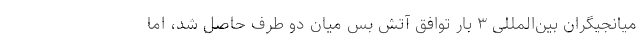
میانجیگران بین‌المللی ۳ بار توافق آتش بس میان دو طرف حاصل شد، اما